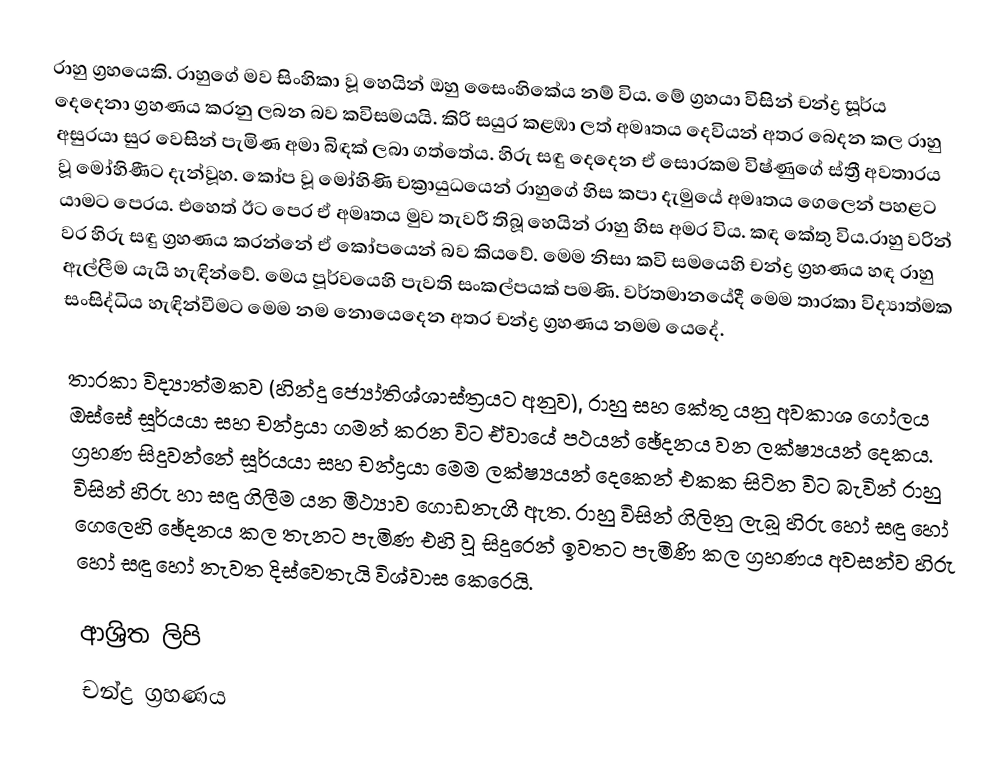
රාහු ග්‍රහයෙකි.  රාහුගේ මව සිංහිකා වූ හෙයින් ඔහු සෛංහිකේය නම් විය. මේ ග්‍රහයා විසින් චන්ද්‍ර සූර්ය දෙදෙනා ග්‍රහණය කරනු ලබන බව කවිසමයයි. කිරි සයුර කළඹා ලත් අමෘතය දෙවියන් අතර බෙදන කල රාහු අසුරයා සුර වෙසින් පැමිණ අමා බිඳක් ලබා ගත්තේය. හිරු සඳු දෙදෙන ඒ සොරකම විෂ්ණුගේ ස්ත්‍රී අවතාරය වූ මෝහිණීට දැන්වූහ. කෝප වූ මෝහිණි චක්‍රායුධයෙන් රාහුගේ හිස කපා දැමුයේ අමෘතය ගෙලෙන් පහළට යාමට පෙරය. එහෙත් ඊට පෙර ඒ අමෘතය මුව තැවරී තිබූ හෙයින් රාහු හිස අමර විය. කඳ කේතු විය.රාහු වරින් වර හිරු සඳු ග්‍රහණය කරන්නේ ඒ කෝපයෙන් බව කියවේ. මෙම නිසා කවි සමයෙහි  චන්ද්‍ර ග්‍රහණය හඳ රාහු ඇල්ලීම යැයි හැඳින්වේ. මෙය පූර්වයෙහි පැවති සංකල්පයක් පමණි. වර්තමානයේදී මෙම තාරකා විද්‍යාත්මක සංසිද්ධිය හැඳින්වීමට මෙම නම නොයෙදෙන අතර චන්ද්‍ර ග්‍රහණය නමම යෙදේ.

තාරකා විද්‍යාත්මකව (හින්දු ජ්‍යෝතිශ්ශාස්ත්‍රයට අනුව), රාහු සහ කේතු යනු අවකාශ ගෝලය ඔස්සේ සූර්යයා සහ චන්ද්‍රයා ගමන් කරන විට ඒවායේ පථයන් ඡේදනය වන ලක්ෂ්‍යයන් දෙකය. ග්‍රහණ සිදුවන්නේ සූර්යයා සහ චන්ද්‍රයා මෙම ලක්ෂ්‍යයන් දෙකෙන් එකක සිටින විට බැවින් රාහු විසින් හිරු හා සඳු ගිලීම යන මිථ්‍යාව ගොඩනැගී ඇත. රාහු විසින් ගිලිනු ලැබූ හිරු හෝ සඳු හෝ ගෙලෙහි ඡේදනය කල තැනට පැමිණ එහි වූ සිදුරෙන් ඉවතට පැමිණි කල ග්‍රහණය අවසන්ව හිරු හෝ සඳු හෝ නැවත දිස්වෙතැයි විශ්වාස කෙරෙයි.

ආශ්‍රිත ලිපි
 චන්ද්‍ර ග්‍රහණය